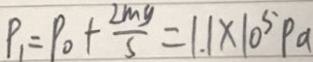
P _ { 1 } = P _ { 0 } + \frac { 2 m g } { s } = 1 . 1 \times 1 0 ^ { 5 } P a